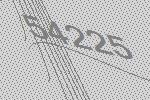
54225